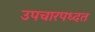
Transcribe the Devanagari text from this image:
उपचारपध्दत